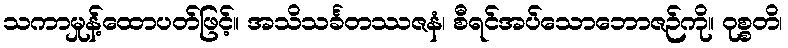
သကာမှုန့်ထောပတ်ဖြင့်။ အသိသင်္ခတဿဇနံ၊ စီရင်အပ်သောဘောဇဉ်ကို။ ဝုစ္စတိ၊